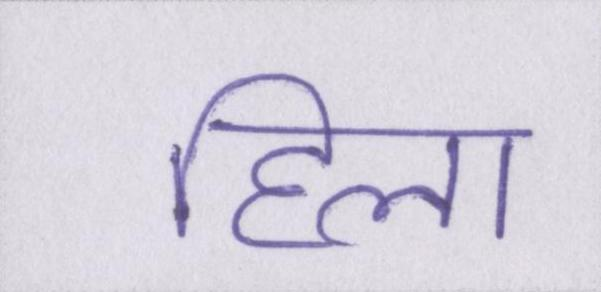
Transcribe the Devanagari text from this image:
हिला